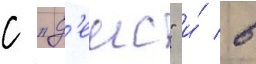
с "д'еис" и́ в